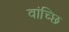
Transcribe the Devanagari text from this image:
वांच्छि